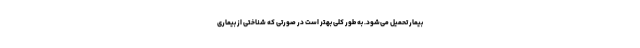
بیمار تحمیل می‌شود. به طور کلی بهتر است در صورتی که شناختی از بیماری